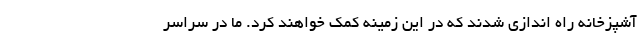
آشپزخانه راه اندازی شدند که در این زمینه کمک خواهند کرد. ما در سراسر